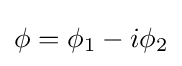
\phi =\phi _{1}-i\phi _{2}